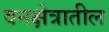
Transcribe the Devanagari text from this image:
वनक्षेत्रातील